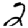
Digit: 2